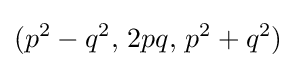
(p^{2}-q^{2},\,2pq,\,p^{2}+q^{2})